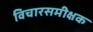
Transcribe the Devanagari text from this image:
विचारसमीक्षक